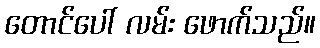
တောင်ပေါ် လမ်း ဖောက်သည်။